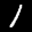
Label: 1